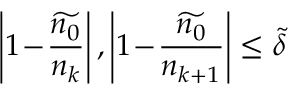
\left| 1 \! - \! \frac { \widetilde { n _ { 0 } } } { n _ { k } } \right| , \left| 1 \! - \! \frac { \widetilde { n _ { 0 } } } { n _ { k + 1 } } \right| \le \tilde { \delta }